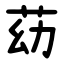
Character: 苭